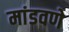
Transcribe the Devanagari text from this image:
मांडवणे